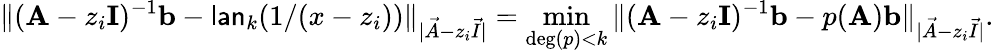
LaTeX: \| (\mathbf{A}-z_{i}\mathbf{I})^{-1}\mathbf{b}-\mathsf{lan}_{k}(1/(x-z_{i}))\| _{|\vec{A}-z_{i}\vec{I}|}=\operatorname*{min}_{\deg(p)<k}\| (\mathbf{A}-z_{i}\mathbf{I})^{-1}\mathbf{b}-p(\mathbf{A})\mathbf{b}\| _{|\vec{A}-z_{i}\vec{I}|}.